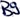
Text: B9